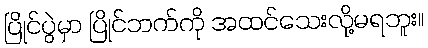
ပြိုင်ပွဲမှာ ပြိုင်ဘက်ကို အထင်သေးလို့မရဘူး။